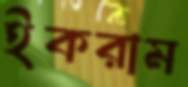
ইকরাম